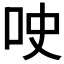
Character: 𫩢